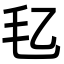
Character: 𪵖